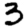
Digit: 3